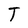
Character: T